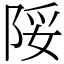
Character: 䧌